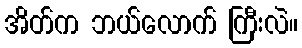
အိတ်က ဘယ်လောက် ကြီးလဲ။